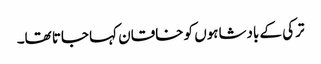
ترکی کے بادشاہوں کو خاقان کہا جاتا تھا۔